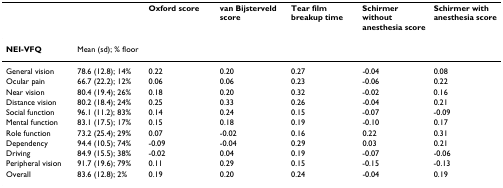
|  |  | Oxford score | van Bijsterveld score | Tear film breakup time | Schirmer without anesthesia score | Schirmer with anesthesia score |
 | --- | --- | --- | --- | --- | --- | --- |
 | NEI-VFQ | Mean (sd); % floor |  |  |  |  |  |
 | General vision | 78.6 (12.8); 14% | 0.22 | 0.20 | 0.27 | -0.04 | 0.08 |
 | Ocular pain | 66.7 (22.2); 12% | 0.06 | 0.06 | 0.23 | -0.06 | 0.22 |
 | Near vision | 80.4 (19.4); 26% | 0.18 | 0.20 | 0.32 | -0.02 | 0.16 |
 | Distance vision | 80.2 (18.4); 24% | 0.25 | 0.33 | 0.26 | -0.04 | 0.21 |
 | Social function | 96.1 (11.2); 83% | 0.14 | 0.24 | 0.15 | -0.07 | -0.09 |
 | Mental function | 83.1 (17.5); 17% | 0.15 | 0.18 | 0.19 | -0.10 | 0.17 |
 | Role function | 73.2 (25.4); 29% | 0.07 | -0.02 | 0.16 | 0.22 | 0.31 |
 | Dependency | 94.4 (10.5); 74% | -0.09 | -0.04 | 0.29 | 0.03 | 0.21 |
 | Driving | 84.9 (15.5); 38% | -0.02 | 0.04 | 0.19 | -0.07 | -0.06 |
 | Peripheral vision | 91.7 (19.6); 79% | 0.11 | 0.29 | 0.15 | -0.15 | -0.13 |
 | Overall | 83.6 (12.8); 2% | 0.19 | 0.20 | 0.24 | -0.04 | 0.19 |